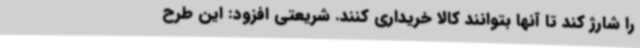
را شارژ کند تا آنها بتوانند کالا خریداری کنند. شریعتی افزود: این طرح